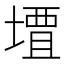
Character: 𫝠